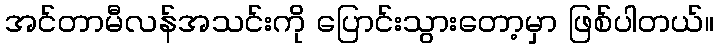
အင်တာမီလန်အသင်းကို ပြောင်းသွားတော့မှာ ဖြစ်ပါတယ်။